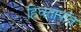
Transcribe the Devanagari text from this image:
हिवतापांत